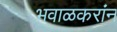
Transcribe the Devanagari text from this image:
भवाळकरांन